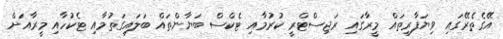
އޭގެތެރޭގައި ވިޔަފާރިތައް މީރާގައި ރަޖިސްޓްރީ ކުރުމާއި ޓެކްސް ބަޔާންތައް ބަލައިގަތުމާއި ޓެކުހާއި މީރާއަށް